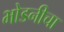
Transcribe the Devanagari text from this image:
भोडनीचा